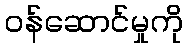
ဝန်ဆောင်မှုကို